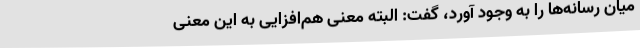
میان رسانه‌ها را به وجود آورد، گفت: البته معنی هم‌افزایی به این معنی